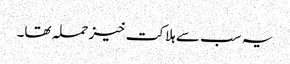
یہ سب سے ہلاکت خیز حملہ تھا۔